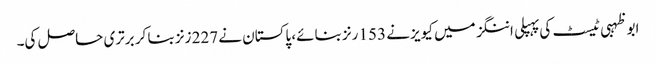
ابوظہبی ٹیسٹ کی پہپلی اننگز میں کیویز نے 153 رنز بنائے، پاکستان نے 227 زنز بنا کر برتری حاصل کی۔